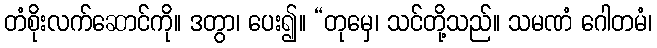
တံစိုးလက်ဆောင်ကို။ ဒတွာ၊ ပေး၍။ “တုမှေ၊ သင်တို့သည်။ သမဏံ ဂေါတမံ၊